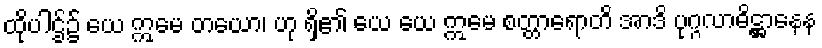
ထိုပါဌ်၌ ယေ ဣမေ တယော၊ ဟု ရှိ၏ ယေ ယေ ဣမေ စတ္တာရောတိ အာဒိ ပုဂ္ဂလာဓိဋ္ဌာနေန